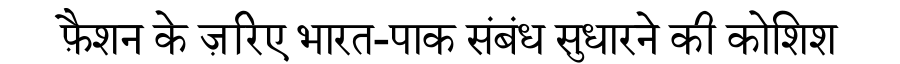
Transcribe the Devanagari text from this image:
फ़ैशन के ज़रिए भारत-पाक संबंध सुधारने की कोशिश